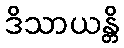
ဒိသာယန္တိ